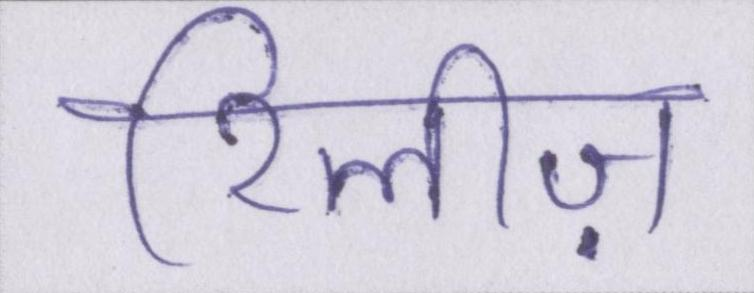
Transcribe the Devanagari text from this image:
रिलीज़